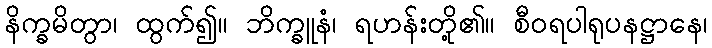
နိက္ခမိတွာ၊ ထွက်၍။ ဘိက္ခူနံ၊ ရဟန်းတို့၏။ စီဝရပါရုပနဋ္ဌာနေ၊